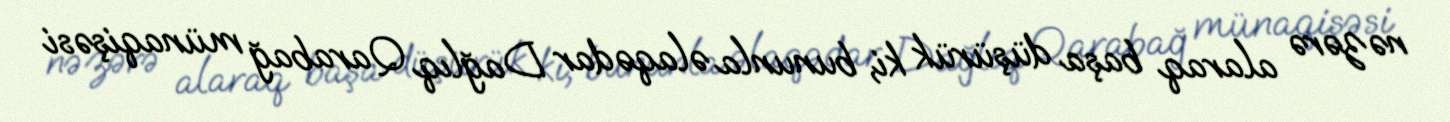
nəzərə alaraq başa düşürük ki, bununla əlaqədar Dağlıq Qarabağ münaqişəsi